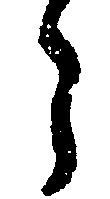
う